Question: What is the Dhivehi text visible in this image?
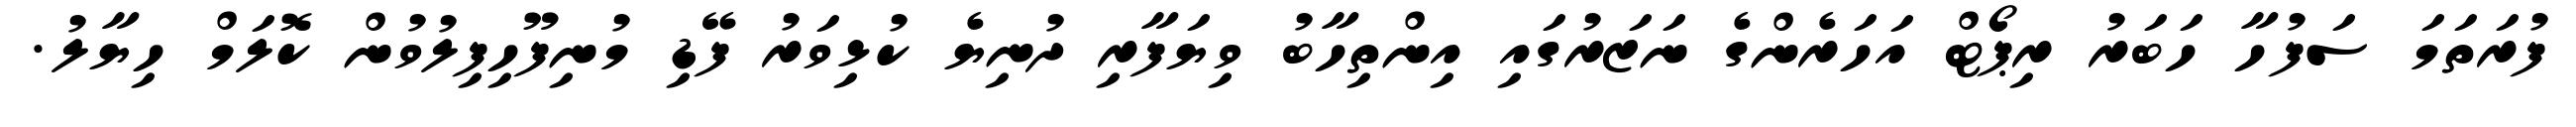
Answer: ފުރަތަމަ ސަފުހާ ހަބަރު ރިޕޯޓް އަހަރެންގެ ނަޒަރުގައި އިންތިހާބު ވިޔަފާރި ދުނިޔެ ކުޅިވަރު ފޭޑި މުނިފޫހިފިލުވުން ކޮލަމް ހިޔާލު.